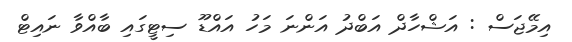
އިމޭޖަސް : އަޝްހާދް އަބްދު އަންނަ މަހު އައްޑޫ ސިޓީގައި ބާއްވާ ނައިޓް